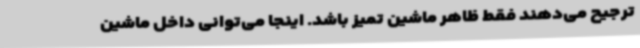
ترجیح می‌دهند فقط ظاهر ماشین تمیز باشد. اینجا می‌توانی داخل ماشین